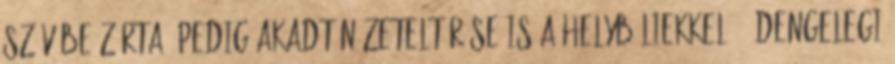
szívébe zárta. Pedig akadt nézeteltérése is a helybéliekkel. ,,Dengelegi